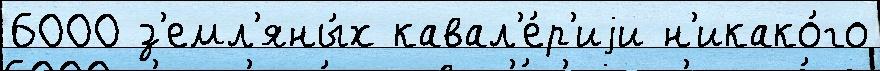
6000 з'емл'яны́х кавал'е́р'иjи н'икако́го